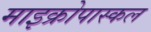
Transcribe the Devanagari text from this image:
माइक्रोपास्कल